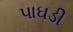
પાઘડી